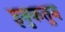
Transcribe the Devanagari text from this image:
इनुकतुन